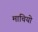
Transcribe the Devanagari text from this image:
माचियो